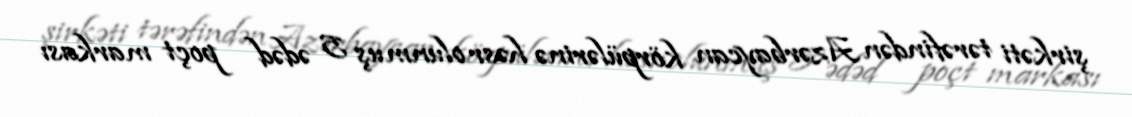
şirkəti tərəfindən Azərbaycan körpülərinə həsr olunmuş 5 ədəd poçt markası